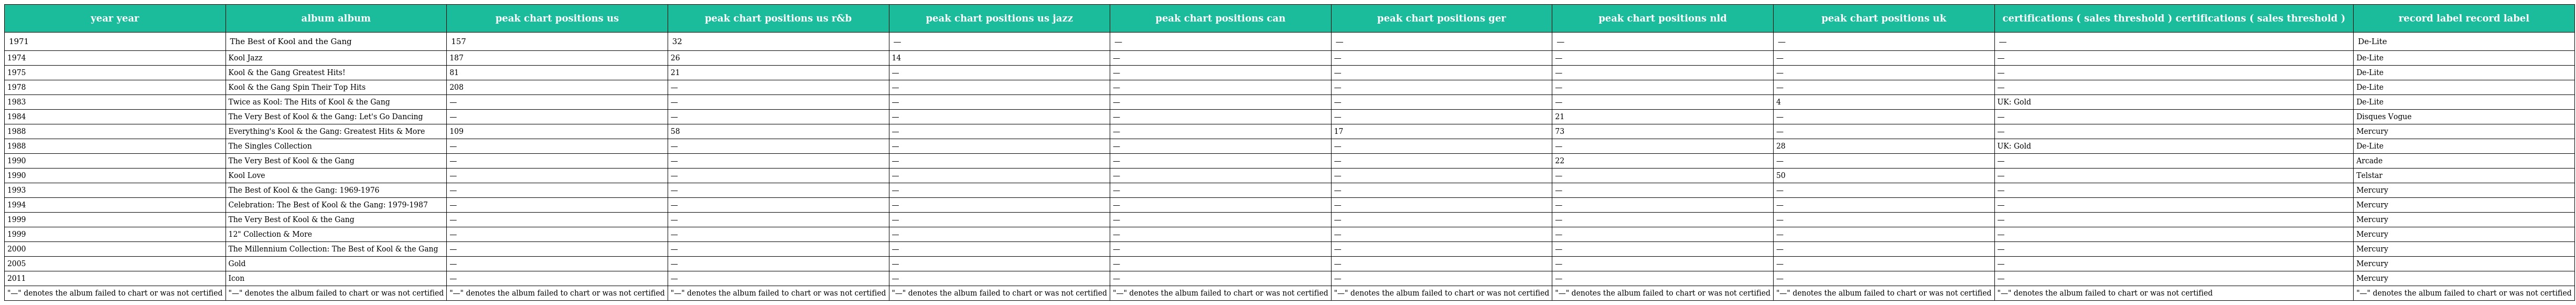
| year year | album album | peak chart positions us | peak chart positions us r&b | peak chart positions us jazz | peak chart positions can | peak chart positions ger | peak chart positions nld | peak chart positions uk | certifications ( sales threshold ) certifications ( sales threshold ) | record label record label |
 | --- | --- | --- | --- | --- | --- | --- | --- | --- | --- | --- |
 | 1971 | The Best of Kool and the Gang | 157 | 32 | — | — | — | — | — | — | De-Lite |
 | 1974 | Kool Jazz | 187 | 26 | 14 | — | — | — | — | — | De-Lite |
 | 1975 | Kool & the Gang Greatest Hits! | 81 | 21 | — | — | — | — | — | — | De-Lite |
 | 1978 | Kool & the Gang Spin Their Top Hits | 208 | — | — | — | — | — | — | — | De-Lite |
 | 1983 | Twice as Kool: The Hits of Kool & the Gang | — | — | — | — | — | — | 4 | UK: Gold | De-Lite |
 | 1984 | The Very Best of Kool & the Gang: Let's Go Dancing | — | — | — | — | — | 21 | — | — | Disques Vogue |
 | 1988 | Everything's Kool & the Gang: Greatest Hits & More | 109 | 58 | — | — | 17 | 73 | — | — | Mercury |
 | 1988 | The Singles Collection | — | — | — | — | — | — | 28 | UK: Gold | De-Lite |
 | 1990 | The Very Best of Kool & the Gang | — | — | — | — | — | 22 | — | — | Arcade |
 | 1990 | Kool Love | — | — | — | — | — | — | 50 | — | Telstar |
 | 1993 | The Best of Kool & the Gang: 1969-1976 | — | — | — | — | — | — | — | — | Mercury |
 | 1994 | Celebration: The Best of Kool & the Gang: 1979-1987 | — | — | — | — | — | — | — | — | Mercury |
 | 1999 | The Very Best of Kool & the Gang | — | — | — | — | — | — | — | — | Mercury |
 | 1999 | 12" Collection & More | — | — | — | — | — | — | — | — | Mercury |
 | 2000 | The Millennium Collection: The Best of Kool & the Gang | — | — | — | — | — | — | — | — | Mercury |
 | 2005 | Gold | — | — | — | — | — | — | — | — | Mercury |
 | 2011 | Icon | — | — | — | — | — | — | — | — | Mercury |
 | "—" denotes the album failed to chart or was not certified | "—" denotes the album failed to chart or was not certified | "—" denotes the album failed to chart or was not certified | "—" denotes the album failed to chart or was not certified | "—" denotes the album failed to chart or was not certified | "—" denotes the album failed to chart or was not certified | "—" denotes the album failed to chart or was not certified | "—" denotes the album failed to chart or was not certified | "—" denotes the album failed to chart or was not certified | "—" denotes the album failed to chart or was not certified | "—" denotes the album failed to chart or was not certified |